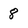
Character: 8